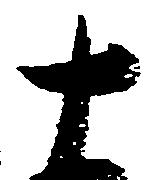
十